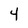
Character: 4